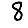
Digit: 8